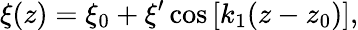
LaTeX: \xi(z)=\xi_{0}+\xi^{\prime}\cos\left[k_{1}(z-z_{0})\right],